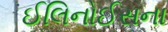
ઈલિનોઈસના